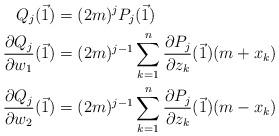
LaTeX: \begin{align*}\begin{aligned}Q_{j}(\vec{1}) &= (2m)^{j}P_{j}(\vec{1}) \\\frac{\partial Q_j}{\partial w_1}(\vec{1}) &= (2m)^{j-1}\sum_{k=1}^{n}\frac{\partial P_j}{\partial z_k}(\vec{1}) (m+x_k) \\\frac{\partial Q_j}{\partial w_2}(\vec{1}) &= (2m)^{j-1}\sum_{k=1}^{n}\frac{\partial P_j}{\partial z_k}(\vec{1}) (m-x_k) \end{aligned}\end{align*}